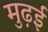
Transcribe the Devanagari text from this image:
मुढ़ई